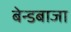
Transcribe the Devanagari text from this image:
बेन्डबाजा